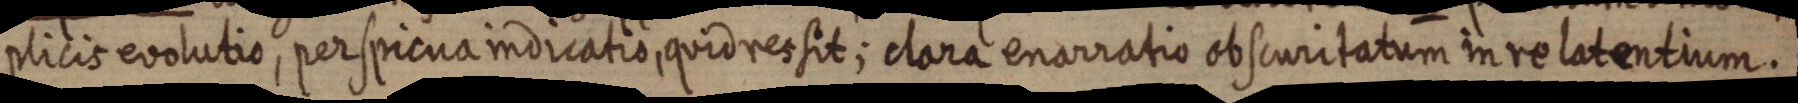
plicis evolutio, per spicua indicatio, quid res sit; clara enarratio obscuritatum in re latentium.